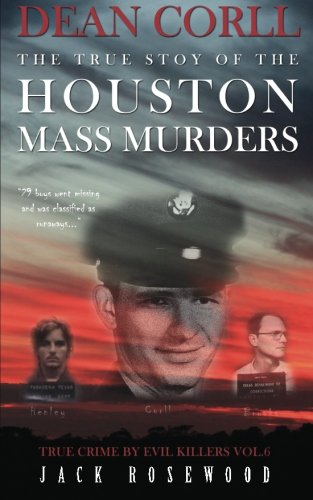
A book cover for Dean Corll: The True Story of The Houston Mass Murders: Historical Serial Killers and Murderers (True Crime by Evil Killers) (Volume 6); Jack Rosewood; Biographies & Memoirs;